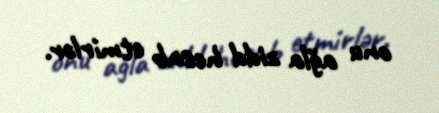
onu ağla zidd hesab etmirlər.